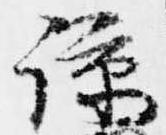
諒